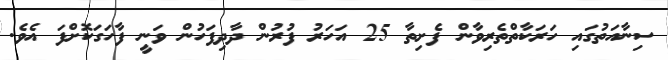
ސިނާއަތުގައި ހަރަކާތްތެރިވާން ފެށިތާ 25 އަހަރު ފުރުން ދާދިފަހުން ވަނީ ފާހަގަކޮށްފަ އެވެ.